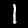
Digit: 1